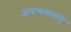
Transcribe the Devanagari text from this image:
आवश्यकताऐ